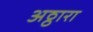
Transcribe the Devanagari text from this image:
अठ्ठारा